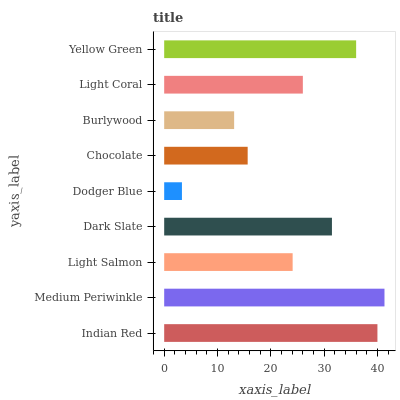
| yaxis_label | bars |
 | --- | --- |
 | Indian Red | 40 |
 | Medium Periwinkle | 41.3 |
 | Light Salmon | 24.1 |
 | Dark Slate | 31.5 |
 | Dodger Blue | 3.33 |
 | Chocolate | 15.7 |
 | Burlywood | 13.1 |
 | Light Coral | 26 |
 | Yellow Green | 36 |